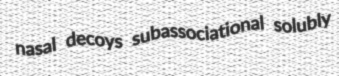
nasal decoys subassociational solubly